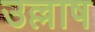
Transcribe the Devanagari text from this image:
उल्लाष